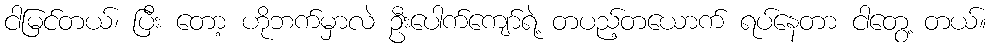
ငါမြင်တယ်၊ ပြီး တော့ ဟိုဘက်မှာလဲ ဦးပေါက်ကျော်ရဲ့ တပည့်တယောက် ရပ်နေတာ ငါတွေ့ တယ်။